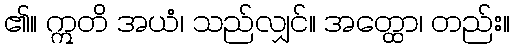
၏။ ဣတိ အယံ၊ သည်လျှင်။ အတ္ထော၊ တည်း။